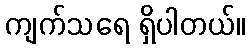
ကျက်သရေ ရှိပါတယ်။